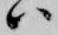
ハ